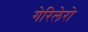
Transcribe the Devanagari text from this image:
गेरिलेरो